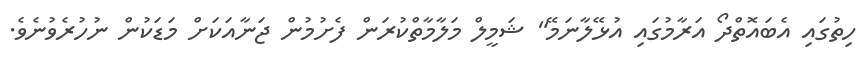
ހިތުގައި އެބައޮތްދޯ އަރާމުގައި އުޅޭލާނަމޭ" ޝަމީލް މަލާމާތްކުރަން ފެށުމުން ޖަނާއަކަށް މަޑަކުން ނުހުރެވުނެވެ.